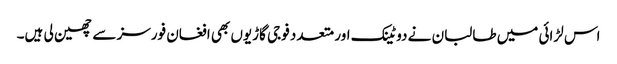
اس لڑائی میں طالبان نے دو ٹینک اور متعدد فوجی گاڑیوں بھی افغان فورسز سے چھین لی ہیں۔